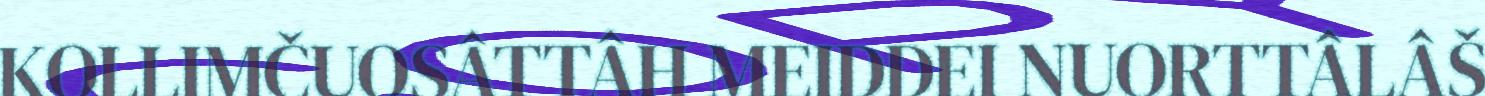
KOLLIMČUOSÂTTÂH MEIDDEI NUORTTÂLÂŠ